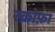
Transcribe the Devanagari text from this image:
स्क्रोफ़ा